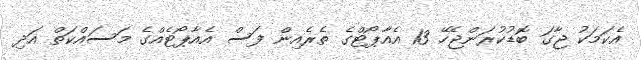
އެކަމަކު ޖާގަ ބޮޑުކުރަންޖެހޭ 13 އެއާޕޯޓްގެ ތެރެއިން ފަސް އެއާޕޯޓެއްގެ މަސައްކަތް އަދި